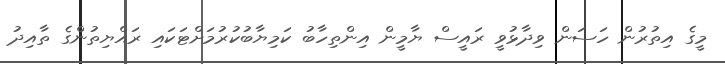
މީގެ އިތުރުން ހަސަން ވިދާޅުވީ ރައީސް ޔާމީން އިންތިހާބު ކަމިޔާބުކުރުމަށްޓަކައި ރައްޔިތުންގެ ތާއިދު